Civil Veterinary Department Bihar reports 1940-50 - 1940-1950
Year: 1940
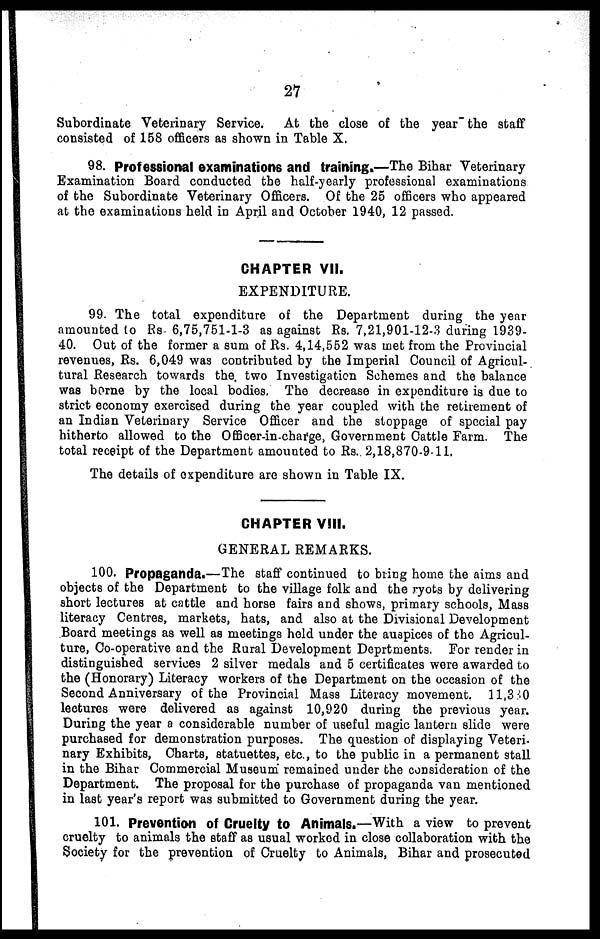
27
Subordinate Veterinary Service. At the close of the year the staff
consisted of 158 officers as shown in Table X.
98. Professional examinations and training.—The Bihar Veterinary
Examination Board conducted the half-yearly professional examinations
of the Subordinate Veterinary Officers. Of the 25 officers who appeared
at the examinations held in April and October 1940, 12 passed.
CHAPTER VII.
EXPENDITURE.
99. The total expenditure of the Department during the year
amounted to Rs 6,75,751-1-3 as against Rs. 7,21,901-12-3 during 1939-
40. Out of the former a sum of Rs. 4,14,552 was met from the Provincial
revenues, Rs. 6,049 was contributed by the Imperial Council of Agricul-
tural Research towards the. two Investigation Schemes and the balance
was borne by the local bodies. The decrease in expenditure is due to
strict economy exercised during the year coupled with the retirement of
an Indian Veterinary Service Officer and the stoppage of special pay
hitherto allowed to the Officer-incharge, Government Cattle Farm. The
total receipt of the Department amounted to Rs. 2,18,870-9-11.
The details of expenditure are shown in Table IX.
CHAPTER VIII.
GENERAL REMARKS.
100. Propaganda.—The staff continued to bring home the aims and
objects of the Department to the village folk and the ryots by delivering
short lectures at cattle and horse fairs and shows, primary schools, Mass
literacy Centres, markets, hats, and also at the Divisional Development
Board meetings as well as meetings held under the auspices of the Agricul-
ture, Co-operative and the Rural Development Deprtments. For render in
distinguished services 2 silver medals and 5 certificates were awarded to
the (Honorary) Literacy workers of the Department on the occasion of the
Second Anniversary of the Provincial Mass Literacy movement. 11,380
lectures were delivered as against 10,920 during the previous year.
During the year a considerable number of useful magic lantern slide were
purchased for demonstration purposes. The question of displaying Veteri-
nary Exhibits, Charts, statuettes, etc., to the public in a permanent stall
in the Bihar Commercial Museum remained under the consideration of the
Department. The proposal for the purchase of propaganda van mentioned
in last year's report was submitted to Government during the year.
101. Prevention of Cruelty to Animals.—With a view to prevent
cruelty to animals the staff as usual worked in close collaboration with the
Society for the prevention of Cruelty to Animals, Bihar and prosecuted